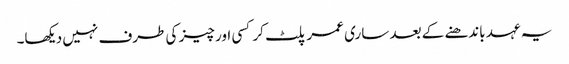
یہ عہد باندھنے کے بعد ساری عمر پلٹ کر کسی اور چیز کی طرف نہیں دیکھا۔